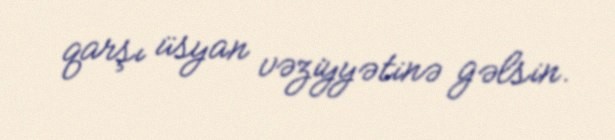
qarşı üsyan vəziyyətinə gəlsin.